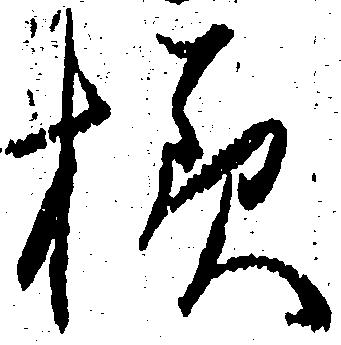
様